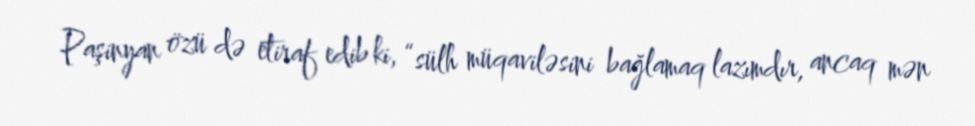
Paşinyan özü də etiraf edib ki, “sülh müqaviləsini bağlamaq lazımdır, ancaq mən